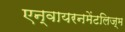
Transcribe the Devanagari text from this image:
एन्वायरनमेंटलिज्म